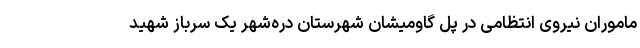
ماموران نیروی انتظامی در پل گاومیشان شهرستان دره‌شهر یک سرباز شهید